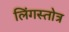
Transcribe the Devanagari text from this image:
लिंगस्तोत्र